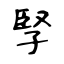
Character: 孯